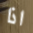
اذا